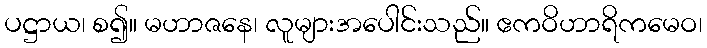
ပဋ္ဌာယ၊ စ၍။ မဟာဇနေ၊ လူများအပေါင်းသည်။ ဧကဝိဟာရိကမေဝ၊